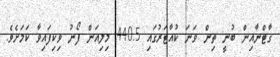
ގާޓްނާއިން ބުނީ ތިން ވަނަ ކުއާޓަރުގައި 440.5 މިލިއަން ފޯނު ވިކިފައިވާ ކަމަށެވެ.